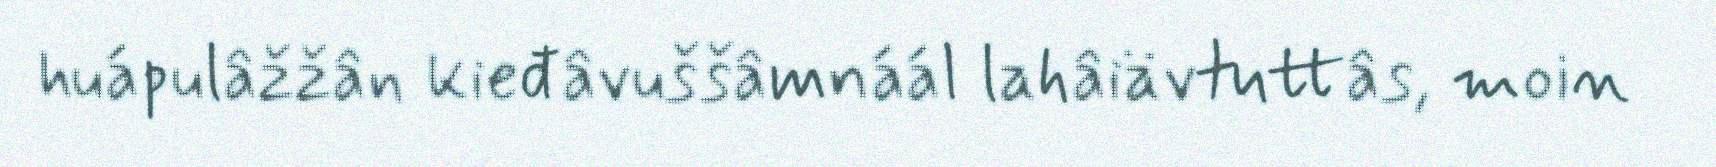
huápulâžžân kieđâvuššâmnáál lahâiävtuttâs, moin